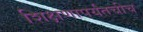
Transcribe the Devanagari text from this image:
शिक्षणापर्यंतचीच